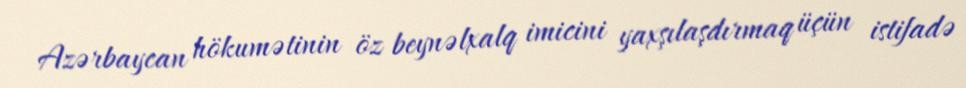
Azərbaycan hökumətinin öz beynəlxalq imicini yaxşılaşdırmaq üçün istifadə